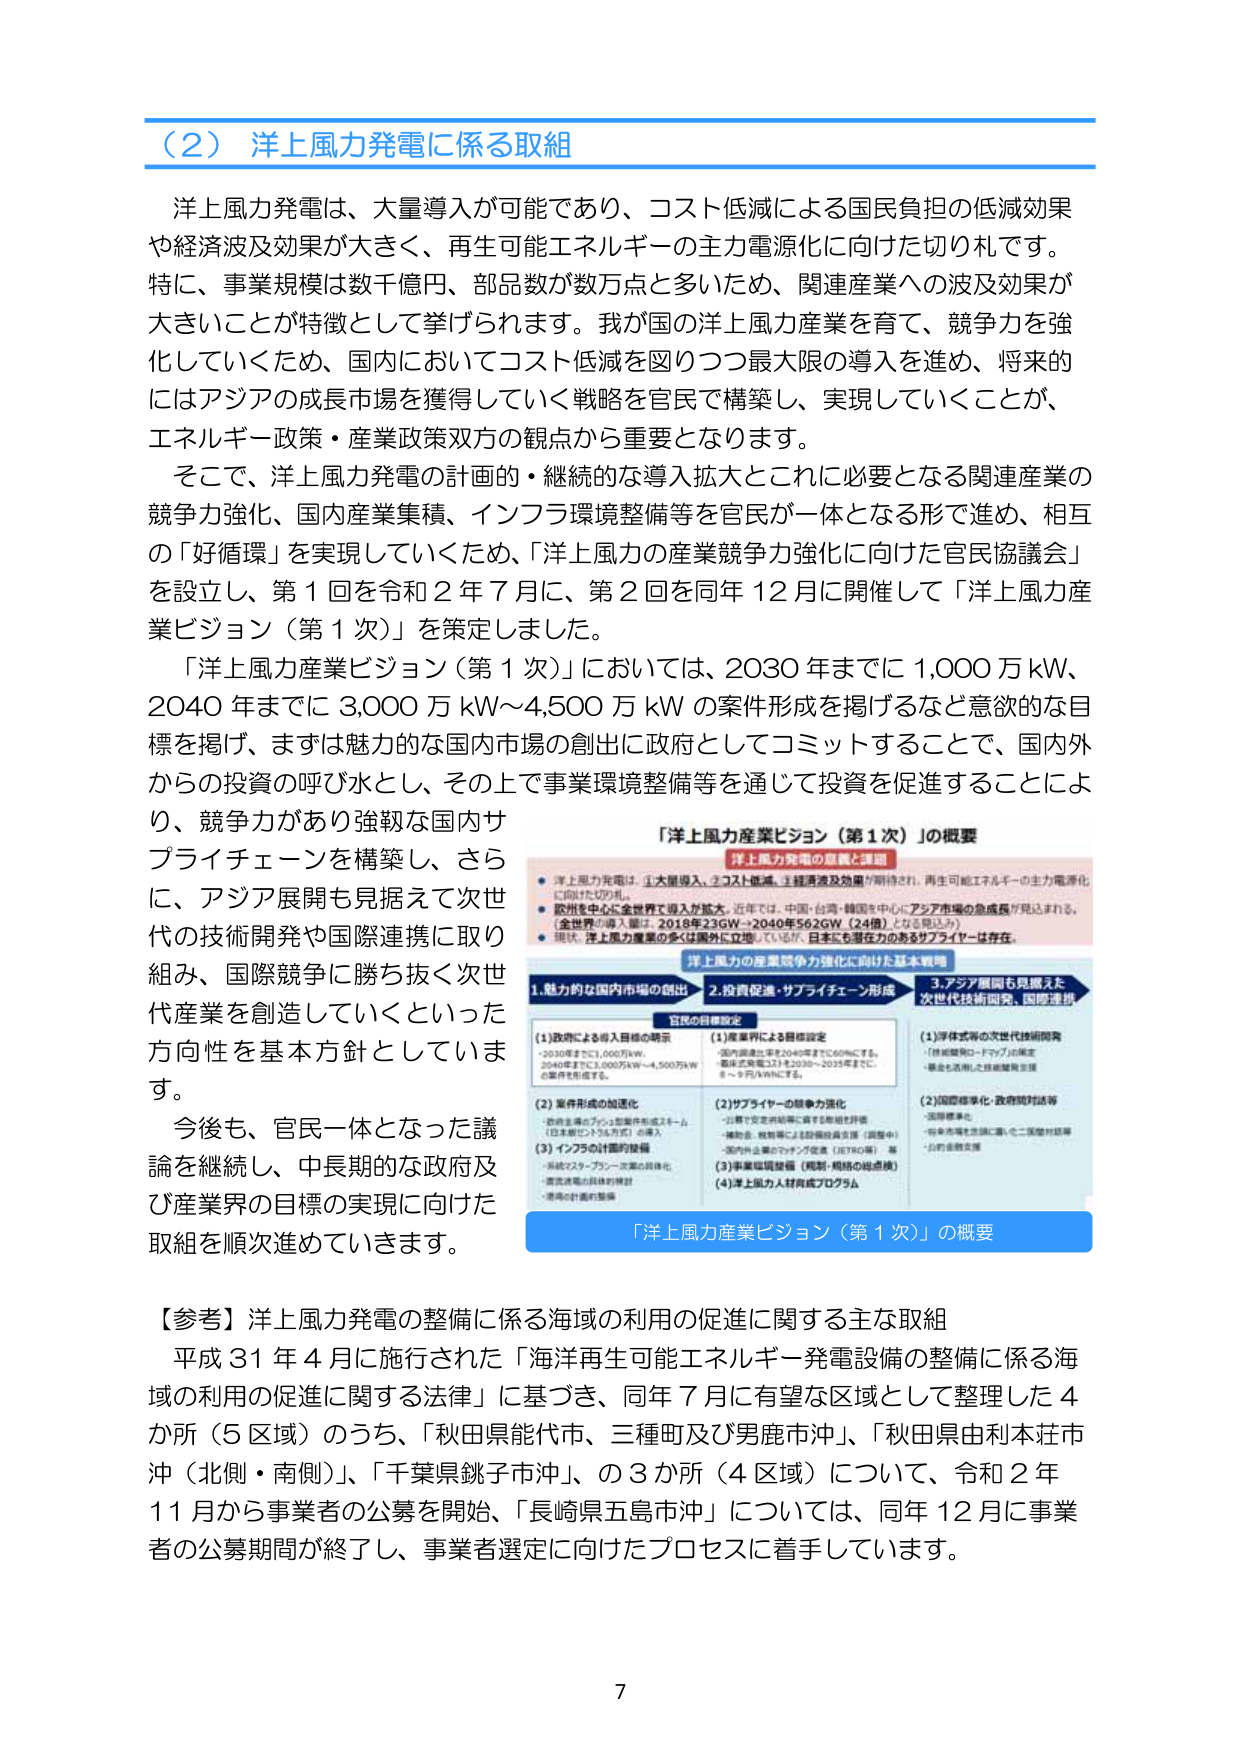
（2）洋上風力発電に係る取組

洋上風力発電は、大量導入が可能であり、コスト低減による国民負担の低減効果や経済波及効果が大きく、再生可能エネルギーの主力電源化に向けた切り札です。特に、事業規模は数千億円、部品数が数万点と多いため、関連産業への波及効果が大きいことが特徴として挙げられます。我が国の洋上風力産業を育て、競争力を強化していくため、国内においてコスト低減を図りつつ最大限の導入を進め、将来的にはアジアの成長市場を獲得していく戦略を官民で構築し、実現していくことが、エネルギー政策・産業政策双方の観点から重要となります。

そこで、洋上風力発電の計画的・継続的な導入拡大とこれに必要となる関連産業の競争力強化、国内産業集積、インフラ環境整備等を官民が一体となる形で進め、相互の「好循環」を実現していくため、「洋上風力の産業競争力強化に向けた官民協議会」を設立し、第1回を令和2年7月に、第2回を同年12月に開催して「洋上風力産業ビジョン（第1次）」を策定しました。

「洋上風力産業ビジョン（第1次）」においては、2030年までに1,000万kW、2040年までに3,000万kW～4,500万kWの案件形成を掲げるなど意欲的な目標を掲げ、まずは魅力的な国内市場の創出に政府としてコミットすることで、国内外からの投資の呼び水とし、その上で事業環境整備等を通じて投資を促進することにより、競争力があり強靭な国内サプライチェーンを構築し、さらに、アジア展開も見据えて次世代の技術開発や国際連携に取り組み、国際競争に勝ち抜く次世代産業を創造していくといった方向性を基本方針としています。

今後も、官民一体となった議論を継続し、中長期的な政府及び産業界の目標の実現に向けた取組を順次進めていきます。

【参考】洋上風力発電の整備に係る海域の利用の促進に関する主な取組

平成31年4月に施行された「海洋再生可能エネルギー発電設備の整備に係る海域の利用の促進に関する法律」に基づき、同年7月に有望な区域として整理した4か所（5区域）のうち、「秋田県能代市、三種町及び男鹿市沖」、「秋田県由利本荘市沖（北側・南側）」、「千葉県銚子市沖」、の3か所（4区域）について、令和2年11月から事業者の公募を開始、「長崎県五島市沖」については、同年12月に事業者の公募期間が終了し、事業者選定に向けたプロセスに着手しています。

「洋上風力産業ビジョン（第1次）」の概要

洋上風力発電の意義と課題
・洋上風力発電は、①大量導入、②コスト低減、③経済波及効果が期待され、再生可能エネルギーの主力電源化に向けた切り札。
・欧州を中心に全世界で導入が拡大。近年では、中国・台湾・韓国を中心にアジア市場の急成長が見込まれる。
（全世界の導入量は、2018年23GW→2040年562GW（24倍）となる見込み）
・現在、洋上風力産業の多くは国外に立地しているが、日本にも現在力のあるサプライヤーは存在。

洋上風力の産業競争力強化に向けた基本戦略

1. 魅力的な国内市場の創出
2. 投資促進・サプライチェーン形成
3. アジア展開も見据えた次世代技術開発、国際連携

官民の目標設定

（1）政府による導入目標の明示
・2030年までに1,000万kW
・2040年までに3,000万kW～4,500万kWの案件を形成する。

（2）案件形成の加速化
・政府主導のプロジェクト型案件形成チーム（日本型ビッグループ）の導入
（3）インフラの計画的整備
・系統インフラ・タービン設置の具体化
・港湾の計画的整備

（1）産業界による目標設定
・国内導入量を2040年までに50%にする。
・風車設備導入量を2030～2035年までに8～9万kWにする。

（2）サプライヤーの競争力強化
・公募を安定的規模に導く5年間を評価
・補助金、税制等による設備投資支援（調整中）
・国内外企業のマッチング促進（JETRO等）等
（3）事業環境整備（規制・規格の総点検）
（4）洋上風力人材育成プログラム

（1）次世代等の次世代技術開発
・（技術開発ロードマップ）の策定
・基金を活用した技術開発支援

（2）国際標準化・政府間対話等
・国際標準化
・将来市場を念頭に置いた二国間対話等
・公的金融支援

「洋上風力産業ビジョン（第1次）」の概要

7